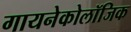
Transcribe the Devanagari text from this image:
गायनेकोलॉजिक